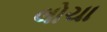
લોચા